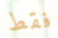
فقط